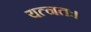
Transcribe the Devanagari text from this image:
यत्नतः।